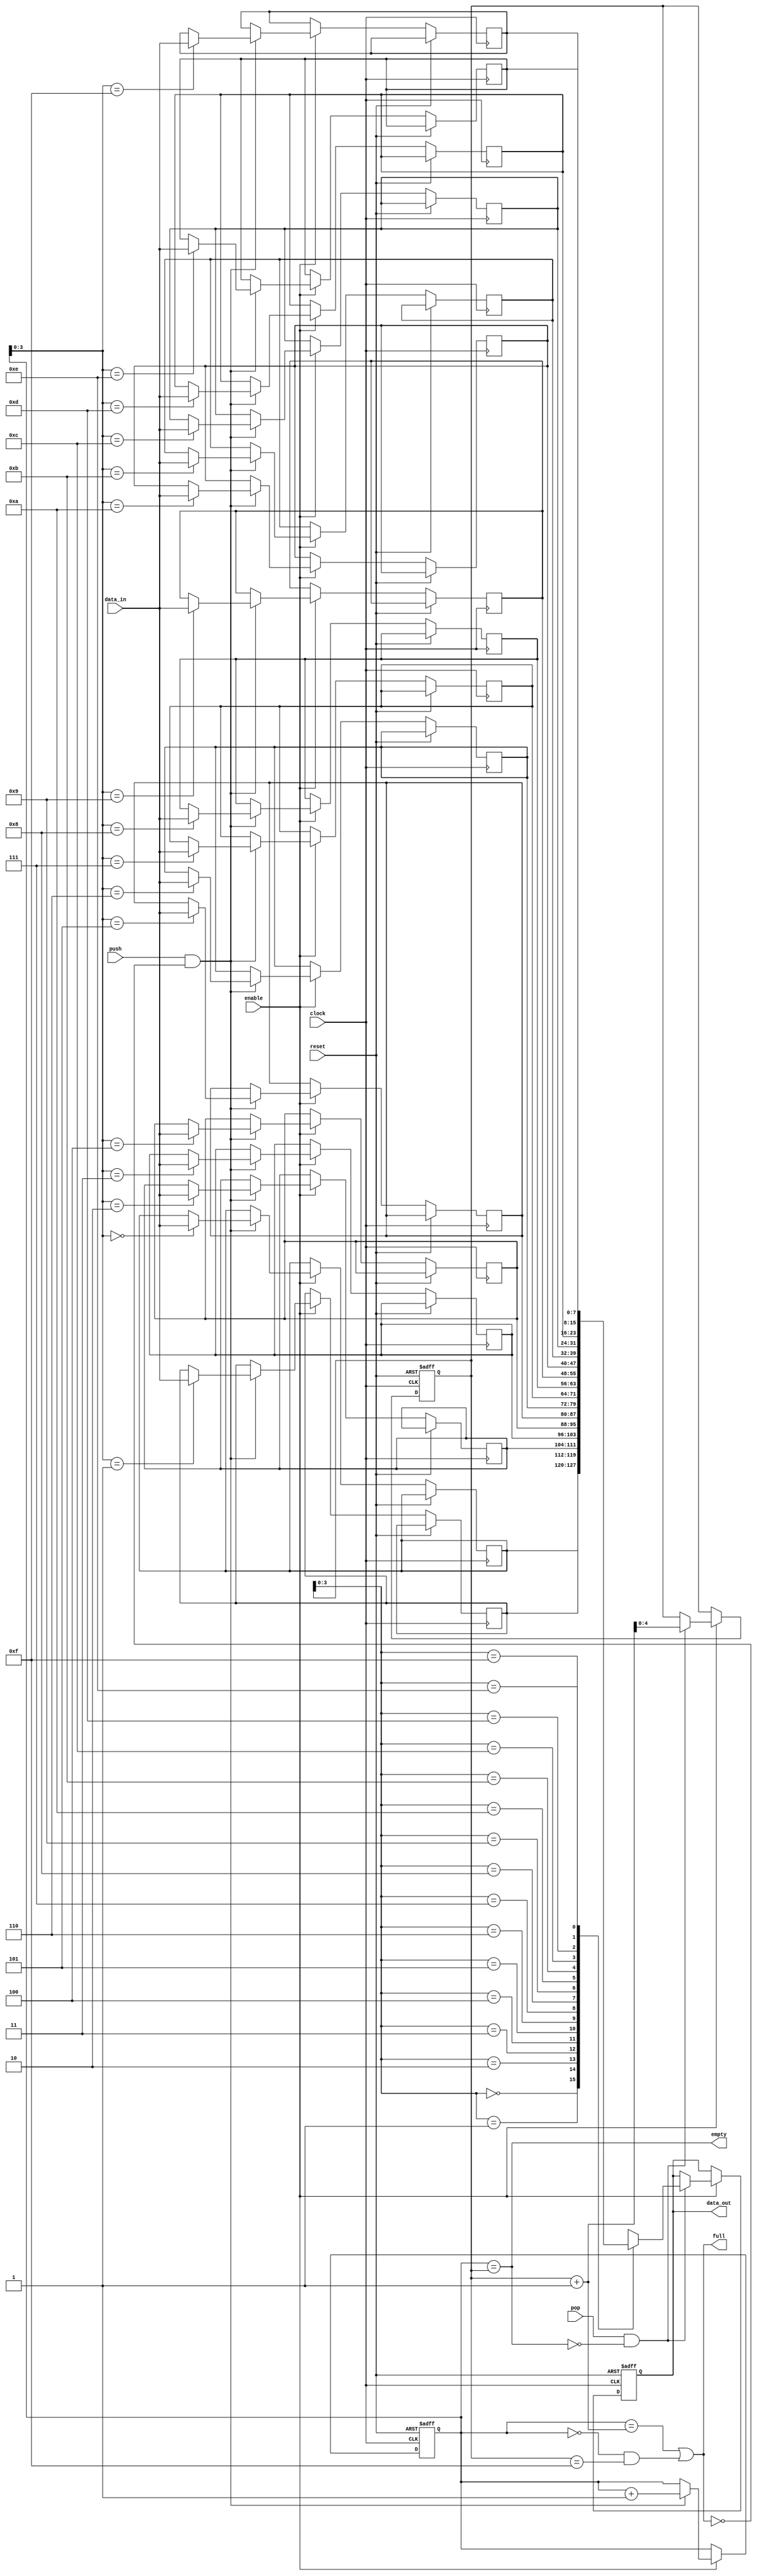
module fifo_buffer(
    input wire clock,
    input wire reset,
    input wire enable,
    input wire [DATA_WIDTH-1:0] data_in,
    output reg [DATA_WIDTH-1:0] data_out,
    input wire push,
    output wire full,
    input wire pop,
    output wire empty
);

parameter DATA_WIDTH = 8;
parameter DEPTH = 16;

reg [DATA_WIDTH-1:0] fifo[DEPTH-1:0];
reg [4:0] write_ptr = 0;
reg [4:0] read_ptr = 0;

assign full = (write_ptr == read_ptr + 1) || ((write_ptr == 0) && (read_ptr == DEPTH-1));
assign empty = (write_ptr == read_ptr);

always @(posedge clock or posedge reset) begin
    if (reset) begin
        write_ptr <= 0;
        read_ptr <= 0;
        data_out <= 0;
    end else begin
        if (enable) begin
            if (push && !full) begin
                fifo[write_ptr] <= data_in;
                write_ptr <= write_ptr + 1;
            end
            if (pop && !empty) begin
                data_out <= fifo[read_ptr];
                read_ptr <= read_ptr + 1;
            end
        end
    end
end

endmodule